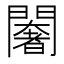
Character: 𨶶